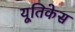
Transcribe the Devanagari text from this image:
यूतिकेस